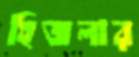
হিজলার